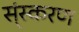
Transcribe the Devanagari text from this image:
स्ंस्करण